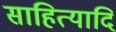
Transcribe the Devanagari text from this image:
साहित्यादि